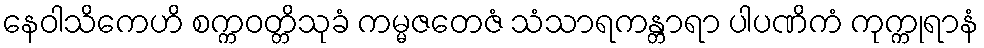
နေဝါသိကေဟိ စက္ကဝတ္တိသုခံ ကမ္မဇတေဇံ သံသာရကန္တာရာ ပါပဏိကံ ကုက္ကုရာနံ